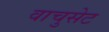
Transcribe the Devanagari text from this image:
वाचुसेट